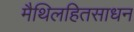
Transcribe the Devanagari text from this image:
मैथिलहितसाधन